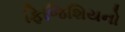
ફિજિશિયનો